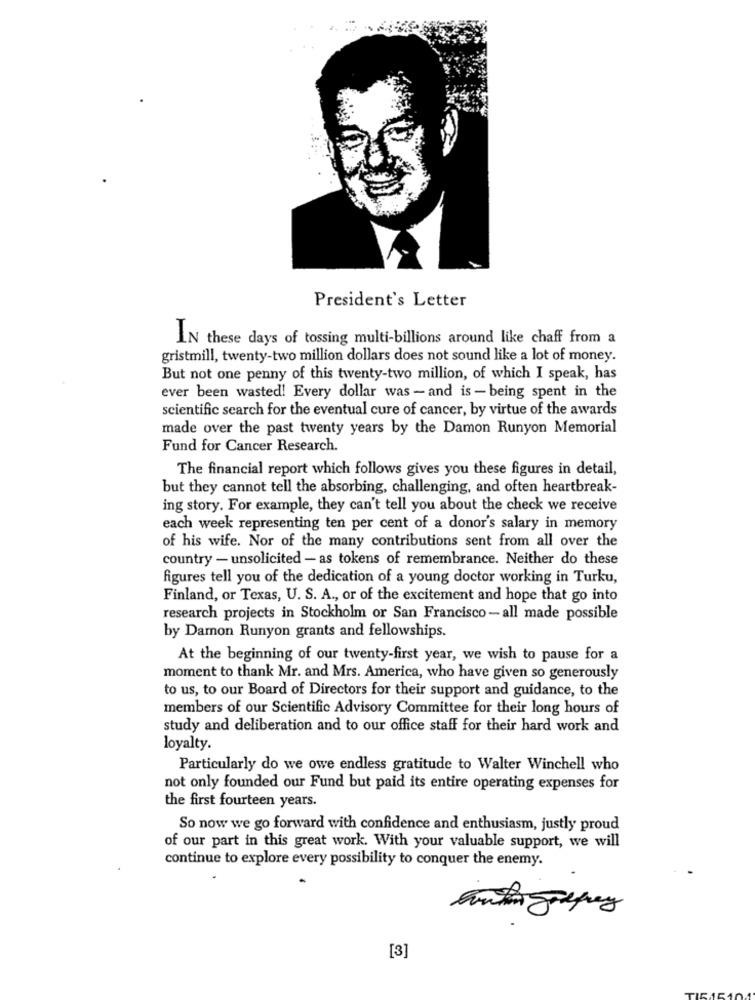
President's Letter
IN these days of tossing multi-billions around like chaff from a
gristmill, twenty-two million dollars does not sound like a lot of money.
But not one penny of this twenty-two million, of which I speak, has
ever been wasted! Every dollar was - and is - being spent in the
scientific search for the eventual cure of cancer, by virtue of the awards
made over the past twenty years by the Damon Runyon Memorial
Fund for Cancer Research.
The financial report which follows gives you these figures in detail,
but they cannot tell the absorbing, challenging, and often heartbreak-
ing story. For example, they can't tell you about the check we receive
each week representing ten per cent of a donor's salary in memory
of his wife. Nor of the many contributions sent from all over the
country - unsolicited - as tokens of remembrance. Neither do these
figures tell you of the dedication of a young doctor working in Turku,
Finland, or Texas, U. S. A ., or of the excitement and hope that go into
research projects in Stockholm or San Francisco-all made possible
by Damon Runyon grants and fellowships.
At the beginning of our twenty-first year, we wish to pause for a
moment to thank Mr. and Mrs. America, who have given so generously
to us, to our Board of Directors for their support and guidance, to the
members of our Scientific Advisory Committee for their long hours of
study and deliberation and to our office staff for their hard work and
loyalty.
Particularly do we owe endless gratitude to Walter Winchell who
not only founded our Fund but paid its entire operating expenses for
the first fourteen years.
So now we go forward with confidence and enthusiasm, justly proud
of our part in this great work. With your valuable support, we will
continue to explore every possibility to conquer the enemy.
[3]